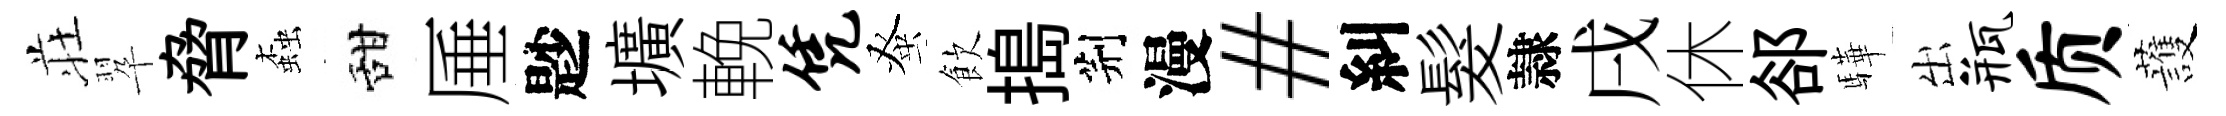
荘翆脅螙甜厜尟壙輓凭𫊫飲搗荆漫#糾髮隷戌休郤驊出瓶质䕶